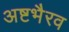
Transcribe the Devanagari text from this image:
अष्टभैरव